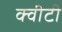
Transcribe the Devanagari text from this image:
क्‍वीटी